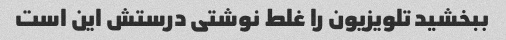
ببخشید تلویزیون را غلط نوشتی درستش این است